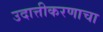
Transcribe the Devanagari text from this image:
उदात्तीकरणाचा